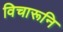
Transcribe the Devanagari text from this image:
विचारूनि